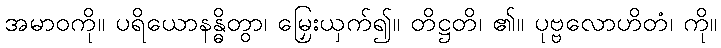
အမာဝကို။ ပရိယောနန္ဓိတွာ၊ မြှေးယှက်၍။ တိဋ္ဌတိ၊ ၏။ ပုဗ္ဗလောဟိတံ၊ ကို။